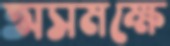
অসমক্ষে